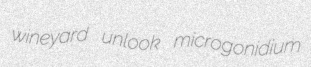
wineyard unlook microgonidium